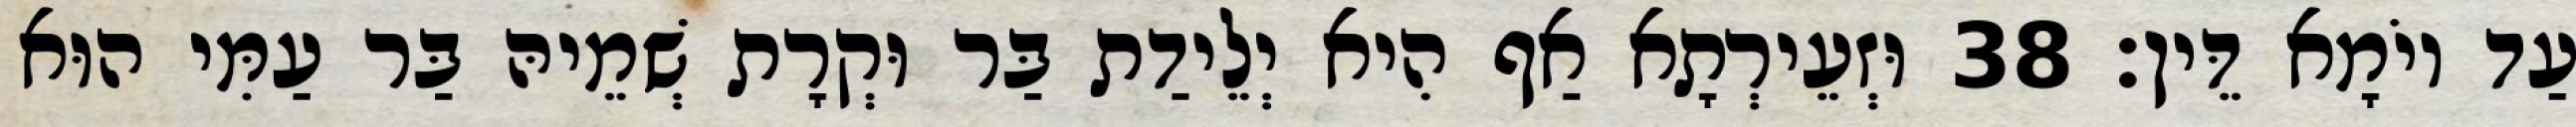
עַד יוֹמָא דֵּין׃ 38 וּזְעֵירְתָא אַף הִיא יְלֵידַת בַּר וּקְרָת שְׁמֵיהּ בַּר עַמִּי הוּא